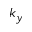
k _ { y }